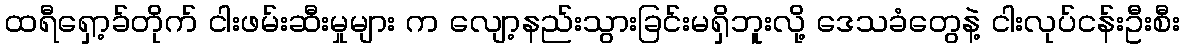
ထရီရှော့ခ်တိုက် ငါးဖမ်းဆီးမှုများ က လျော့နည်းသွားခြင်းမရှိဘူးလို့ ဒေသခံတွေနဲ့ ငါးလုပ်ငန်းဦးစီး